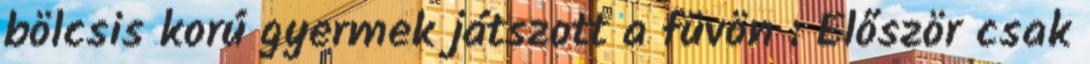
bölcsis korú gyermek játszott a füvön : Először csak